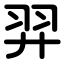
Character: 羿